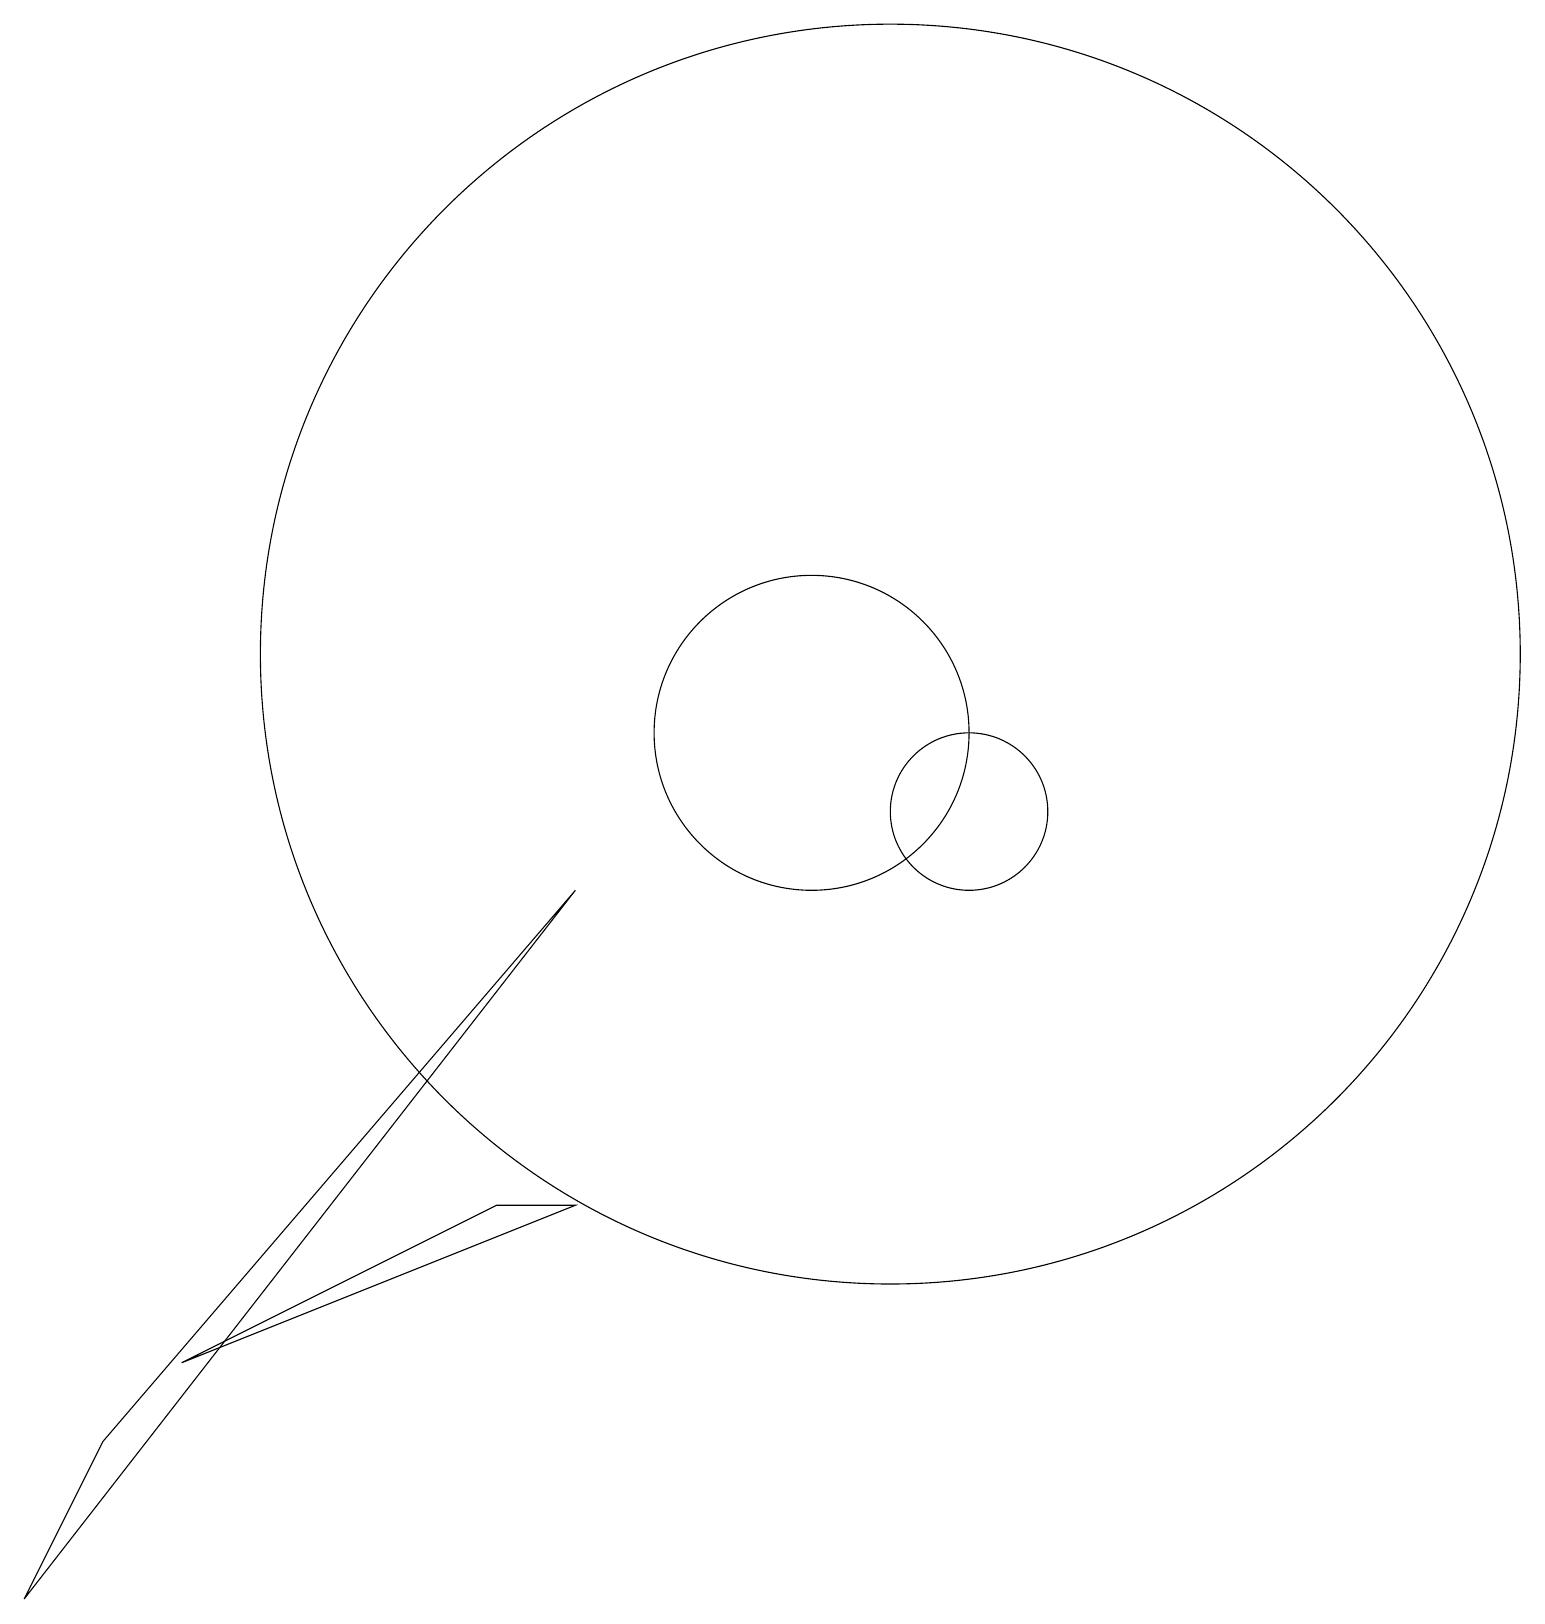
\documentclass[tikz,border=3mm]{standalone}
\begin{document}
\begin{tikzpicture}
\draw (6,5) -- (2,3) -- (7,5) -- cycle;
\draw (10,11) circle (2);
\draw (7,9) -- (0,0) -- (1,2) -- cycle;
\draw (11,12) circle (8);
\draw (12,10) circle (1);
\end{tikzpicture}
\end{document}